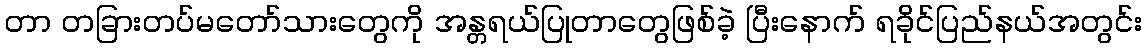
တာ တခြားတပ်မတော်သားတွေကို အန္တရယ်ပြုတာတွေဖြစ်ခဲ့ ပြီးနောက် ရခိုင်ပြည်နယ်အတွင်း